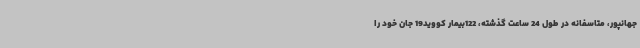
جهانپور، متاسفانه در طول 24 ساعت گذشته، 122بیمار کووید19 جان خود را